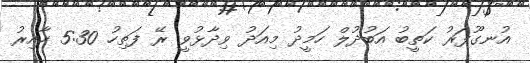
އުނގޫފަރު ކަތީބު އަބުދުލް ހަމީދު މިއަދު ވިދާޅުވީ ރޭ ފަތިހު 5:30 ހާއިރު